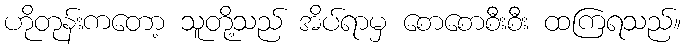
ဟိုတုန်းကတော့ သူတို့သည် အိပ်ရာမှ စောစောစီးစီး ထကြရသည်။